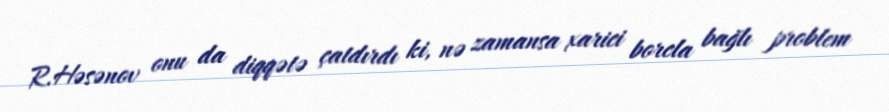
R.Həsənov onu da diqqətə çatdırdı ki, nə zamansa xarici borcla bağlı problem